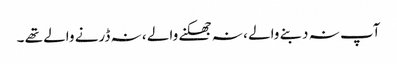
آپ نہ دبنے والے ، نہ جھکنے والے ، نہ ڈرنے والے تھے ۔